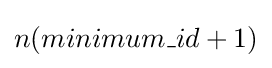
n(minimum\_id+1)